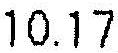
10.17